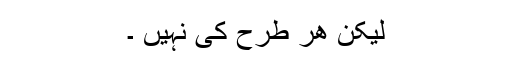
لیکن ھر طرح کی نہیں ۔